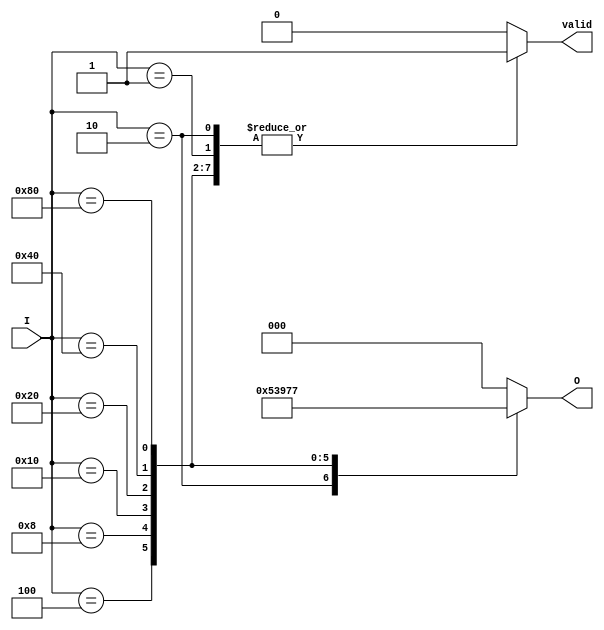
module one_of_n_encoder #(parameter N = 8) (
    input [N-1:0] I,        // Input lines
    output reg [$clog2(N)-1:0] O, // Output lines
    output reg valid        // Valid signal indicating if the output is valid
);

    // Always block to implement the combinational logic
    always @(*) begin
        case(I)
            8'b00000001: begin O = 3'b000; valid = 1; end // I[0]
            8'b00000010: begin O = 3'b001; valid = 1; end // I[1]
            8'b00000100: begin O = 3'b010; valid = 1; end // I[2]
            8'b00001000: begin O = 3'b011; valid = 1; end // I[3]
            8'b00010000: begin O = 3'b100; valid = 1; end // I[4]
            8'b00100000: begin O = 3'b101; valid = 1; end // I[5]
            8'b01000000: begin O = 3'b110; valid = 1; end // I[6]
            8'b10000000: begin O = 3'b111; valid = 1; end // I[7]
            default: begin O = 3'b000; valid = 0; end // No valid input
        endcase
    end

endmodule